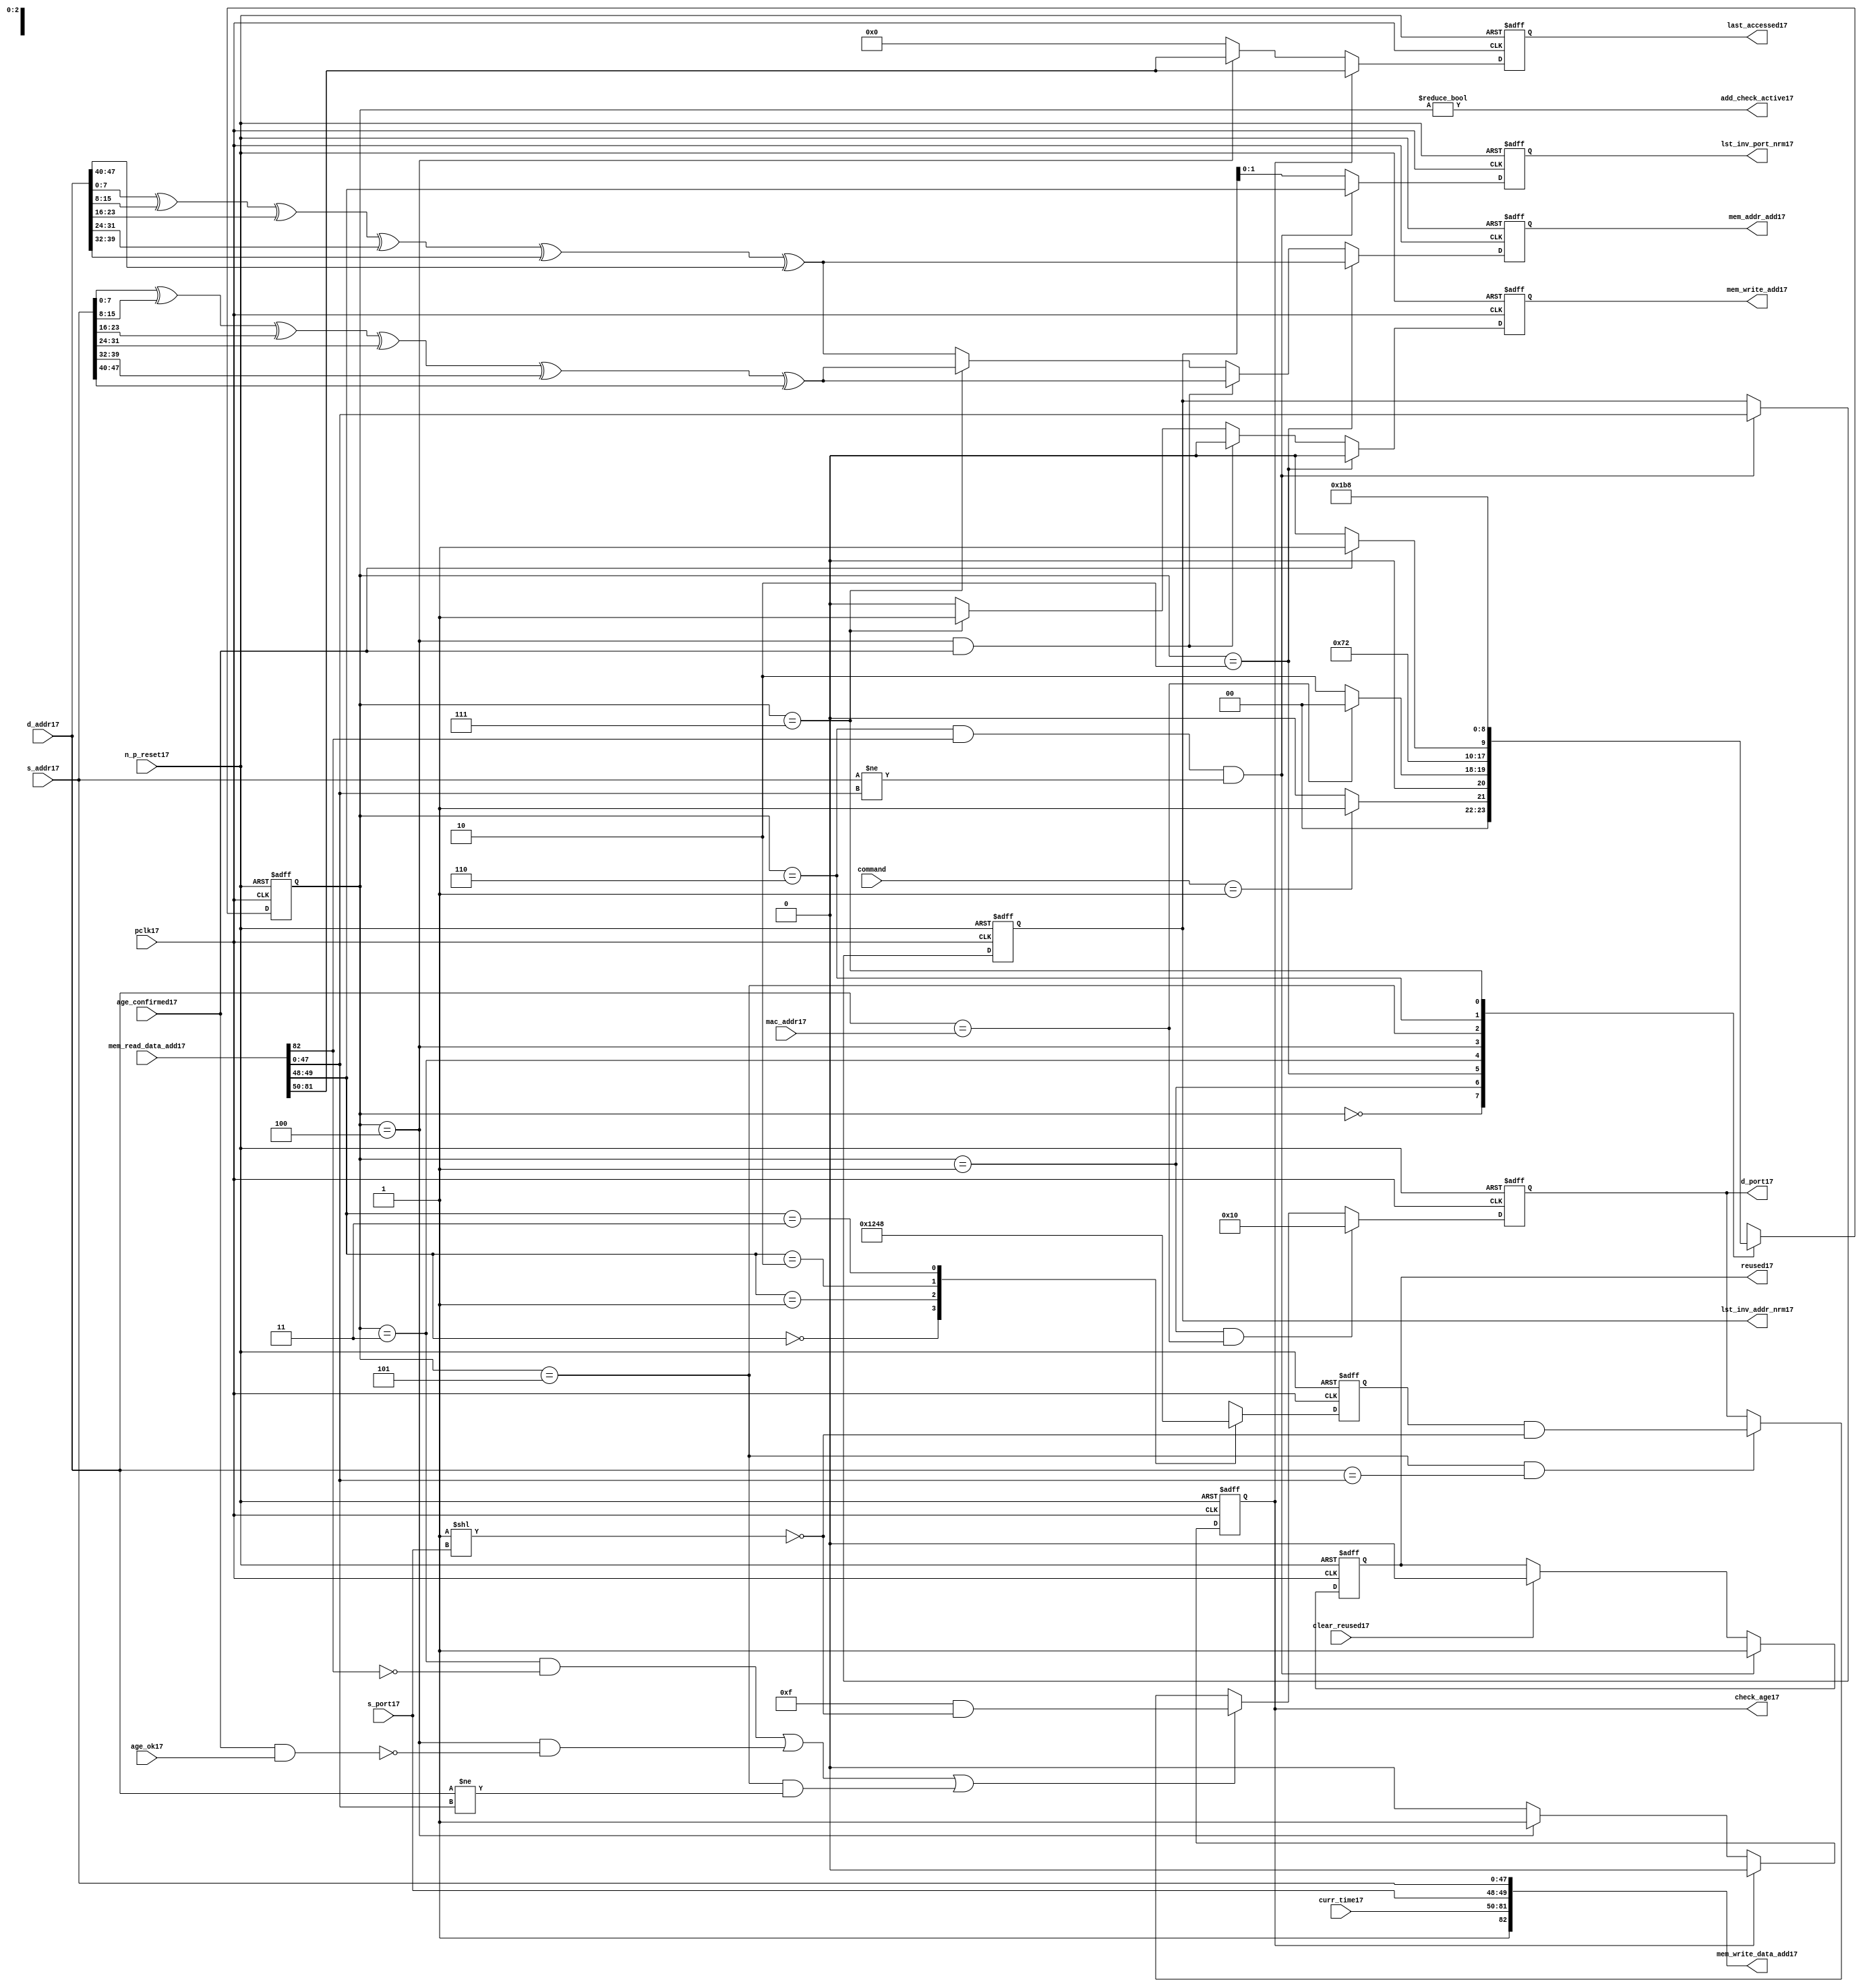
module alut_addr_checker17
(   
   // Inputs17
   pclk17,
   n_p_reset17,
   command,
   mac_addr17,
   d_addr17,
   s_addr17,
   s_port17,
   curr_time17,
   mem_read_data_add17,
   age_confirmed17,
   age_ok17,
   clear_reused17,

   //outputs17
   d_port17,
   add_check_active17,
   mem_addr_add17,
   mem_write_add17,
   mem_write_data_add17,
   lst_inv_addr_nrm17,
   lst_inv_port_nrm17,
   check_age17,
   last_accessed17,
   reused17
);



   input               pclk17;               // APB17 clock17                           
   input               n_p_reset17;          // Reset17                               
   input [1:0]         command;            // command bus                        
   input [47:0]        mac_addr17;           // address of the switch17              
   input [47:0]        d_addr17;             // address of frame17 to be checked17     
   input [47:0]        s_addr17;             // address of frame17 to be stored17      
   input [1:0]         s_port17;             // source17 port of current frame17       
   input [31:0]        curr_time17;          // current time,for storing17 in mem    
   input [82:0]        mem_read_data_add17;  // read data from mem                 
   input               age_confirmed17;      // valid flag17 from age17 checker        
   input               age_ok17;             // result from age17 checker 
   input               clear_reused17;       // read/clear flag17 for reused17 signal17           

   output [4:0]        d_port17;             // calculated17 destination17 port for tx17 
   output              add_check_active17;   // bit 0 of status register           
   output [7:0]        mem_addr_add17;       // hash17 address for R/W17 to memory     
   output              mem_write_add17;      // R/W17 flag17 (write = high17)            
   output [82:0]       mem_write_data_add17; // write data for memory             
   output [47:0]       lst_inv_addr_nrm17;   // last invalidated17 addr normal17 op    
   output [1:0]        lst_inv_port_nrm17;   // last invalidated17 port normal17 op    
   output              check_age17;          // request flag17 for age17 check
   output [31:0]       last_accessed17;      // time field sent17 for age17 check
   output              reused17;             // indicates17 ALUT17 location17 overwritten17

   reg   [2:0]         add_chk_state17;      // current address checker state
   reg   [2:0]         nxt_add_chk_state17;  // current address checker state
   reg   [4:0]         d_port17;             // calculated17 destination17 port for tx17 
   reg   [3:0]         port_mem17;           // bitwise17 conversion17 of 2bit port
   reg   [7:0]         mem_addr_add17;       // hash17 address for R/W17 to memory
   reg                 mem_write_add17;      // R/W17 flag17 (write = high17)            
   reg                 reused17;             // indicates17 ALUT17 location17 overwritten17
   reg   [47:0]        lst_inv_addr_nrm17;   // last invalidated17 addr normal17 op    
   reg   [1:0]         lst_inv_port_nrm17;   // last invalidated17 port normal17 op    
   reg                 check_age17;          // request flag17 for age17 checker
   reg   [31:0]        last_accessed17;      // time field sent17 for age17 check


   wire   [7:0]        s_addr_hash17;        // hash17 of address for storing17
   wire   [7:0]        d_addr_hash17;        // hash17 of address for checking
   wire   [82:0]       mem_write_data_add17; // write data for memory  
   wire                add_check_active17;   // bit 0 of status register           


// Parameters17 for Address Checking17 FSM17 states17
   parameter idle17           = 3'b000;
   parameter mac_addr_chk17   = 3'b001;
   parameter read_dest_add17  = 3'b010;
   parameter valid_chk17      = 3'b011;
   parameter age_chk17        = 3'b100;
   parameter addr_chk17       = 3'b101;
   parameter read_src_add17   = 3'b110;
   parameter write_src17      = 3'b111;


// -----------------------------------------------------------------------------
//   Hash17 conversion17 of source17 and destination17 addresses17
// -----------------------------------------------------------------------------
   assign s_addr_hash17 = s_addr17[7:0] ^ s_addr17[15:8] ^ s_addr17[23:16] ^
                        s_addr17[31:24] ^ s_addr17[39:32] ^ s_addr17[47:40];

   assign d_addr_hash17 = d_addr17[7:0] ^ d_addr17[15:8] ^ d_addr17[23:16] ^
                        d_addr17[31:24] ^ d_addr17[39:32] ^ d_addr17[47:40];



// -----------------------------------------------------------------------------
//   State17 Machine17 For17 handling17 the destination17 address checking process and
//   and storing17 of new source17 address and port values.
// -----------------------------------------------------------------------------
always @ (command or add_chk_state17 or age_confirmed17 or age_ok17)
   begin
      case (add_chk_state17)
      
      idle17:
         if (command == 2'b01)
            nxt_add_chk_state17 = mac_addr_chk17;
         else
            nxt_add_chk_state17 = idle17;

      mac_addr_chk17:   // check if destination17 address match MAC17 switch17 address
         if (d_addr17 == mac_addr17)
            nxt_add_chk_state17 = idle17;  // return dest17 port as 5'b1_0000
         else
            nxt_add_chk_state17 = read_dest_add17;

      read_dest_add17:       // read data from memory using hash17 of destination17 address
            nxt_add_chk_state17 = valid_chk17;

      valid_chk17:      // check if read data had17 valid bit set
         nxt_add_chk_state17 = age_chk17;

      age_chk17:        // request age17 checker to check if still in date17
         if (age_confirmed17)
            nxt_add_chk_state17 = addr_chk17;
         else
            nxt_add_chk_state17 = age_chk17; 

      addr_chk17:       // perform17 compare between dest17 and read addresses17
            nxt_add_chk_state17 = read_src_add17; // return read port from ALUT17 mem

      read_src_add17:   // read from memory location17 about17 to be overwritten17
            nxt_add_chk_state17 = write_src17; 

      write_src17:      // write new source17 data (addr and port) to memory
            nxt_add_chk_state17 = idle17; 

      default:
            nxt_add_chk_state17 = idle17;
      endcase
   end


// destination17 check FSM17 current state
always @ (posedge pclk17 or negedge n_p_reset17)
   begin
   if (~n_p_reset17)
      add_chk_state17 <= idle17;
   else
      add_chk_state17 <= nxt_add_chk_state17;
   end



// -----------------------------------------------------------------------------
//   Generate17 returned value of port for sending17 new frame17 to
// -----------------------------------------------------------------------------
always @ (posedge pclk17 or negedge n_p_reset17)
   begin
   if (~n_p_reset17)
      d_port17 <= 5'b0_1111;
   else if ((add_chk_state17 == mac_addr_chk17) & (d_addr17 == mac_addr17))
      d_port17 <= 5'b1_0000;
   else if (((add_chk_state17 == valid_chk17) & ~mem_read_data_add17[82]) |
            ((add_chk_state17 == age_chk17) & ~(age_confirmed17 & age_ok17)) |
            ((add_chk_state17 == addr_chk17) & (d_addr17 != mem_read_data_add17[47:0])))
      d_port17 <= 5'b0_1111 & ~( 1 << s_port17 );
   else if ((add_chk_state17 == addr_chk17) & (d_addr17 == mem_read_data_add17[47:0]))
      d_port17 <= {1'b0, port_mem17} & ~( 1 << s_port17 );
   else
      d_port17 <= d_port17;
   end


// -----------------------------------------------------------------------------
//   convert read port source17 value from 2bits to bitwise17 4 bits
// -----------------------------------------------------------------------------
always @ (posedge pclk17 or negedge n_p_reset17)
   begin
   if (~n_p_reset17)
      port_mem17 <= 4'b1111;
   else begin
      case (mem_read_data_add17[49:48])
         2'b00: port_mem17 <= 4'b0001;
         2'b01: port_mem17 <= 4'b0010;
         2'b10: port_mem17 <= 4'b0100;
         2'b11: port_mem17 <= 4'b1000;
      endcase
   end
   end
   


// -----------------------------------------------------------------------------
//   Set active bit of status, decoded17 off17 add_chk_state17
// -----------------------------------------------------------------------------
assign add_check_active17 = (add_chk_state17 != 3'b000);


// -----------------------------------------------------------------------------
//   Generate17 memory addressing17 signals17.
//   The check address command will be taken17 as the indication17 from SW17 that the 
//   source17 fields (address and port) can be written17 to memory. 
// -----------------------------------------------------------------------------
always @ (posedge pclk17 or negedge n_p_reset17)
   begin
   if (~n_p_reset17) 
   begin
       mem_write_add17 <= 1'b0;
       mem_addr_add17  <= 8'd0;
   end
   else if (add_chk_state17 == read_dest_add17)
   begin
       mem_write_add17 <= 1'b0;
       mem_addr_add17  <= d_addr_hash17;
   end
// Need17 to set address two17 cycles17 before check
   else if ( (add_chk_state17 == age_chk17) && age_confirmed17 )
   begin
       mem_write_add17 <= 1'b0;
       mem_addr_add17  <= s_addr_hash17;
   end
   else if (add_chk_state17 == write_src17)
   begin
       mem_write_add17 <= 1'b1;
       mem_addr_add17  <= s_addr_hash17;
   end
   else
   begin
       mem_write_add17 <= 1'b0;
       mem_addr_add17  <= d_addr_hash17;
   end
   end


// -----------------------------------------------------------------------------
//   Generate17 databus17 for writing to memory
//   Data written17 to memory from address checker will always be valid
// -----------------------------------------------------------------------------
assign mem_write_data_add17 = {1'b1, curr_time17, s_port17, s_addr17};



// -----------------------------------------------------------------------------
//   Evaluate17 read back data that is about17 to be overwritten17 with new source17 
//   address and port values. Decide17 whether17 the reused17 flag17 must be set and
//   last_inval17 address and port values updated.
//   reused17 needs17 to be implemented as read and clear
// -----------------------------------------------------------------------------
always @ (posedge pclk17 or negedge n_p_reset17)
   begin
   if (~n_p_reset17) 
   begin
      reused17 <= 1'b0;
      lst_inv_addr_nrm17 <= 48'd0;
      lst_inv_port_nrm17 <= 2'd0;
   end
   else if ((add_chk_state17 == read_src_add17) & mem_read_data_add17[82] &
            (s_addr17 != mem_read_data_add17[47:0]))
   begin
      reused17 <= 1'b1;
      lst_inv_addr_nrm17 <= mem_read_data_add17[47:0];
      lst_inv_port_nrm17 <= mem_read_data_add17[49:48];
   end
   else if (clear_reused17)
   begin
      reused17 <= 1'b0;
      lst_inv_addr_nrm17 <= lst_inv_addr_nrm17;
      lst_inv_port_nrm17 <= lst_inv_addr_nrm17;
   end
   else 
   begin
      reused17 <= reused17;
      lst_inv_addr_nrm17 <= lst_inv_addr_nrm17;
      lst_inv_port_nrm17 <= lst_inv_addr_nrm17;
   end
   end


// -----------------------------------------------------------------------------
//   Generate17 signals17 for age17 checker to perform17 in-date17 check
// -----------------------------------------------------------------------------
always @ (posedge pclk17 or negedge n_p_reset17)
   begin
   if (~n_p_reset17) 
   begin
      check_age17 <= 1'b0;  
      last_accessed17 <= 32'd0;
   end
   else if (check_age17)
   begin
      check_age17 <= 1'b0;  
      last_accessed17 <= mem_read_data_add17[81:50];
   end
   else if (add_chk_state17 == age_chk17)
   begin
      check_age17 <= 1'b1;  
      last_accessed17 <= mem_read_data_add17[81:50];
   end
   else 
   begin
      check_age17 <= 1'b0;  
      last_accessed17 <= 32'd0;
   end
   end


`ifdef ABV_ON17

// psl17 default clock17 = (posedge pclk17);

// ASSERTION17 CHECKS17
/* Commented17 out as also checking in toplevel17
// it should never be possible17 for the destination17 port to indicate17 the MAC17
// switch17 address and one of the other 4 Ethernets17
// psl17 assert_valid_dest_port17 : assert never (d_port17[4] & |{d_port17[3:0]});


// COVER17 SANITY17 CHECKS17
// check all values of destination17 port can be returned.
// psl17 cover_d_port_017 : cover { d_port17 == 5'b0_0001 };
// psl17 cover_d_port_117 : cover { d_port17 == 5'b0_0010 };
// psl17 cover_d_port_217 : cover { d_port17 == 5'b0_0100 };
// psl17 cover_d_port_317 : cover { d_port17 == 5'b0_1000 };
// psl17 cover_d_port_417 : cover { d_port17 == 5'b1_0000 };
// psl17 cover_d_port_all17 : cover { d_port17 == 5'b0_1111 };
*/
`endif


endmodule